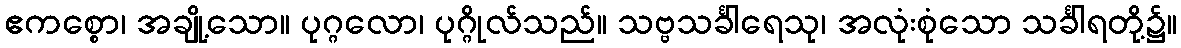
ဧကစ္စော၊ အချို့သော။ ပုဂ္ဂလော၊ ပုဂ္ဂိုလ်သည်။ သဗ္ဗသင်္ခါရေသု၊ အလုံးစုံသော သင်္ခါရတို့၌။